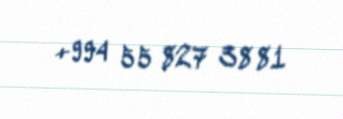
+994 55 827 38 81